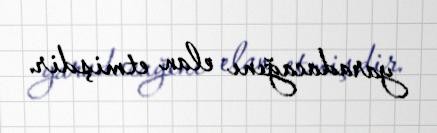
yaradacağını elan etmişdir.